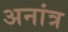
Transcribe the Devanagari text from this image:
अनांत्र